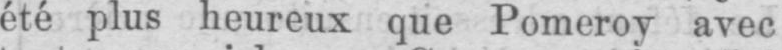
été plus heureux que Pomeroy avec